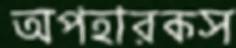
অপহারকস